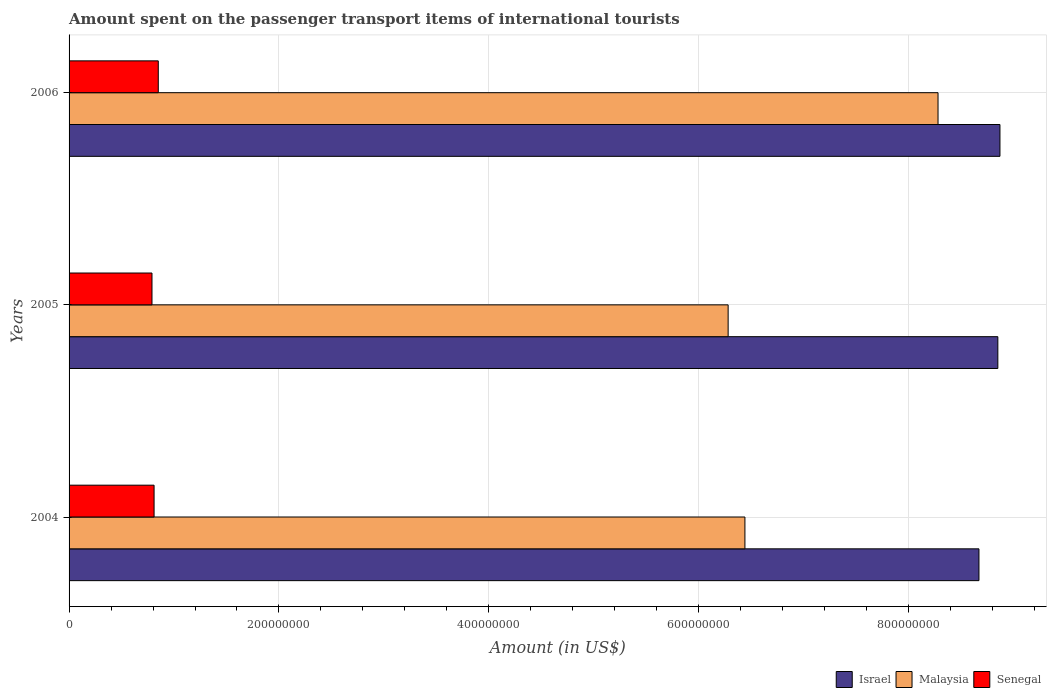
| Years | Israel | Malaysia | Senegal |
 | --- | --- | --- | --- |
 | 2004 | 8.67e+08 | 6.44e+08 | 8.1e+07 |
 | 2005 | 8.85e+08 | 6.28e+08 | 7.9e+07 |
 | 2006 | 8.87e+08 | 8.28e+08 | 8.5e+07 |